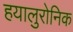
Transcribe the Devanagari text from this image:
हयालुरोनिक